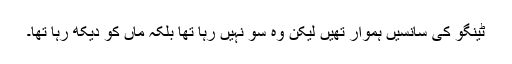
ٹینگو کی سانسیں ہموار تھیں لیکن وہ سو نہیں رہا تھا بلکہ ماں کو دیکھ رہا تھا۔